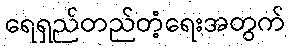
ရေရှည်တည်တံ့ရေးအတွက်